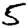
Digit: 5